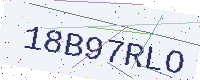
Text: 18B97RLO